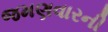
જમણવારની